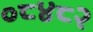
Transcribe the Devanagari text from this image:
०८४८२